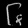
Digit: ၆